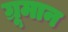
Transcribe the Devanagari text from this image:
ग्रूमान